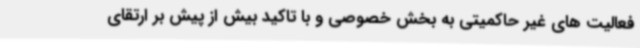
فعالیت های غیر حاکمیتی به بخش خصوصی و با تاکید بیش از پیش بر ارتقای